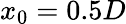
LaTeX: x_{0}=0.5D